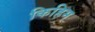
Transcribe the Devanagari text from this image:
किहिम